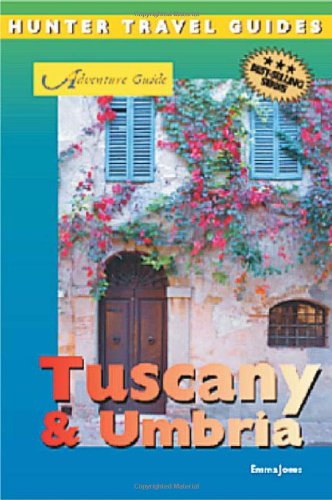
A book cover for Adventure Guide Tuscany & Umbria; Emma Jones; Travel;